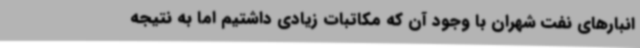
انبارهای نفت شهران با وجود آن که مکاتبات زیادی داشتیم اما به نتیجه